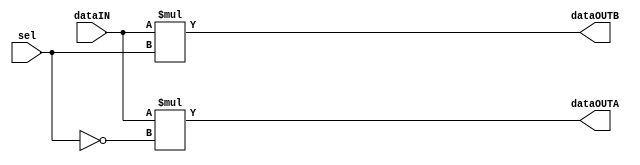
// ============================================================================
//   Ver  :| Author					:| Mod. Date :| Changes Made:
//   V1.0 :| viCppDev			   :| 01/02/2021:| Demultiplexor
// ============================================================================

module Demultiplexor (input wire [8:0] dataIN, output wire [8:0] dataOUTA, output wire [8:0] dataOUTB, input wire sel);

	assign dataOUTA = (dataIN)*(!sel);
	assign dataOUTB = (dataIN)*sel;	

endmodule